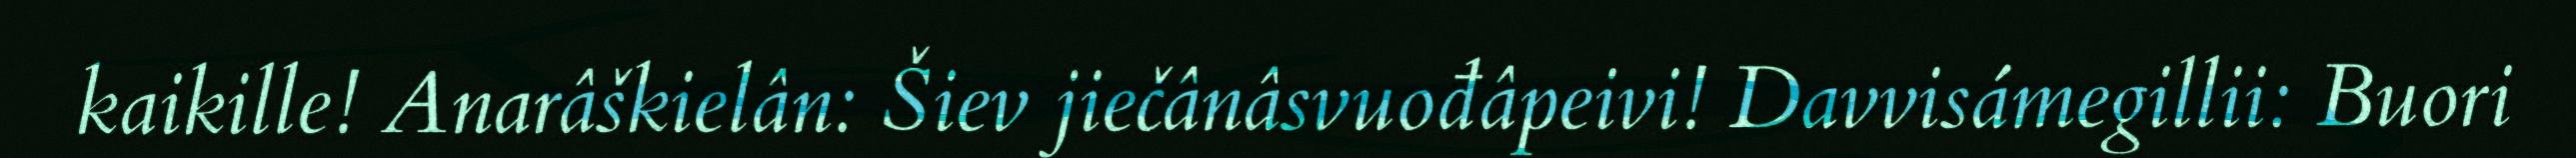
kaikille! Anarâškielân: Šiev jiečânâsvuođâpeivi! Davvisámegillii: Buori